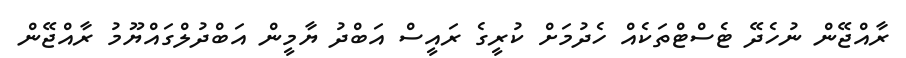
ރާއްޖޭން ނުހެދޭ ޓެސްޓްތަކެއް ހެދުމަށް ކުރީގެ ރައީސް އަބްދު ޔާމީން އަބްދުލްގައްޔޫމު ރާއްޖޭން